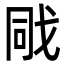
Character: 戙